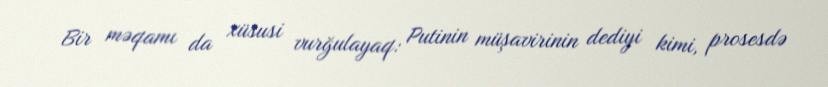
Bir məqamı da xüsusi vurğulayaq: Putinin müşavirinin dediyi kimi, prosesdə